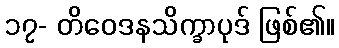
၁၇- တိဝေဒနသိက္ခာပုဒ် ဖြစ်၏။